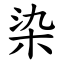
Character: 染